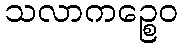
သလာကဉ္စေဝ